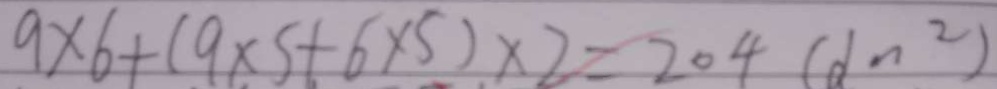
9 \times 6 + ( 9 \times 5 + 6 \times 5 ) \times 2 = 2 0 4 ( d n ^ { 2 } )